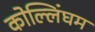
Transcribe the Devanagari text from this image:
कोल्लिंघम